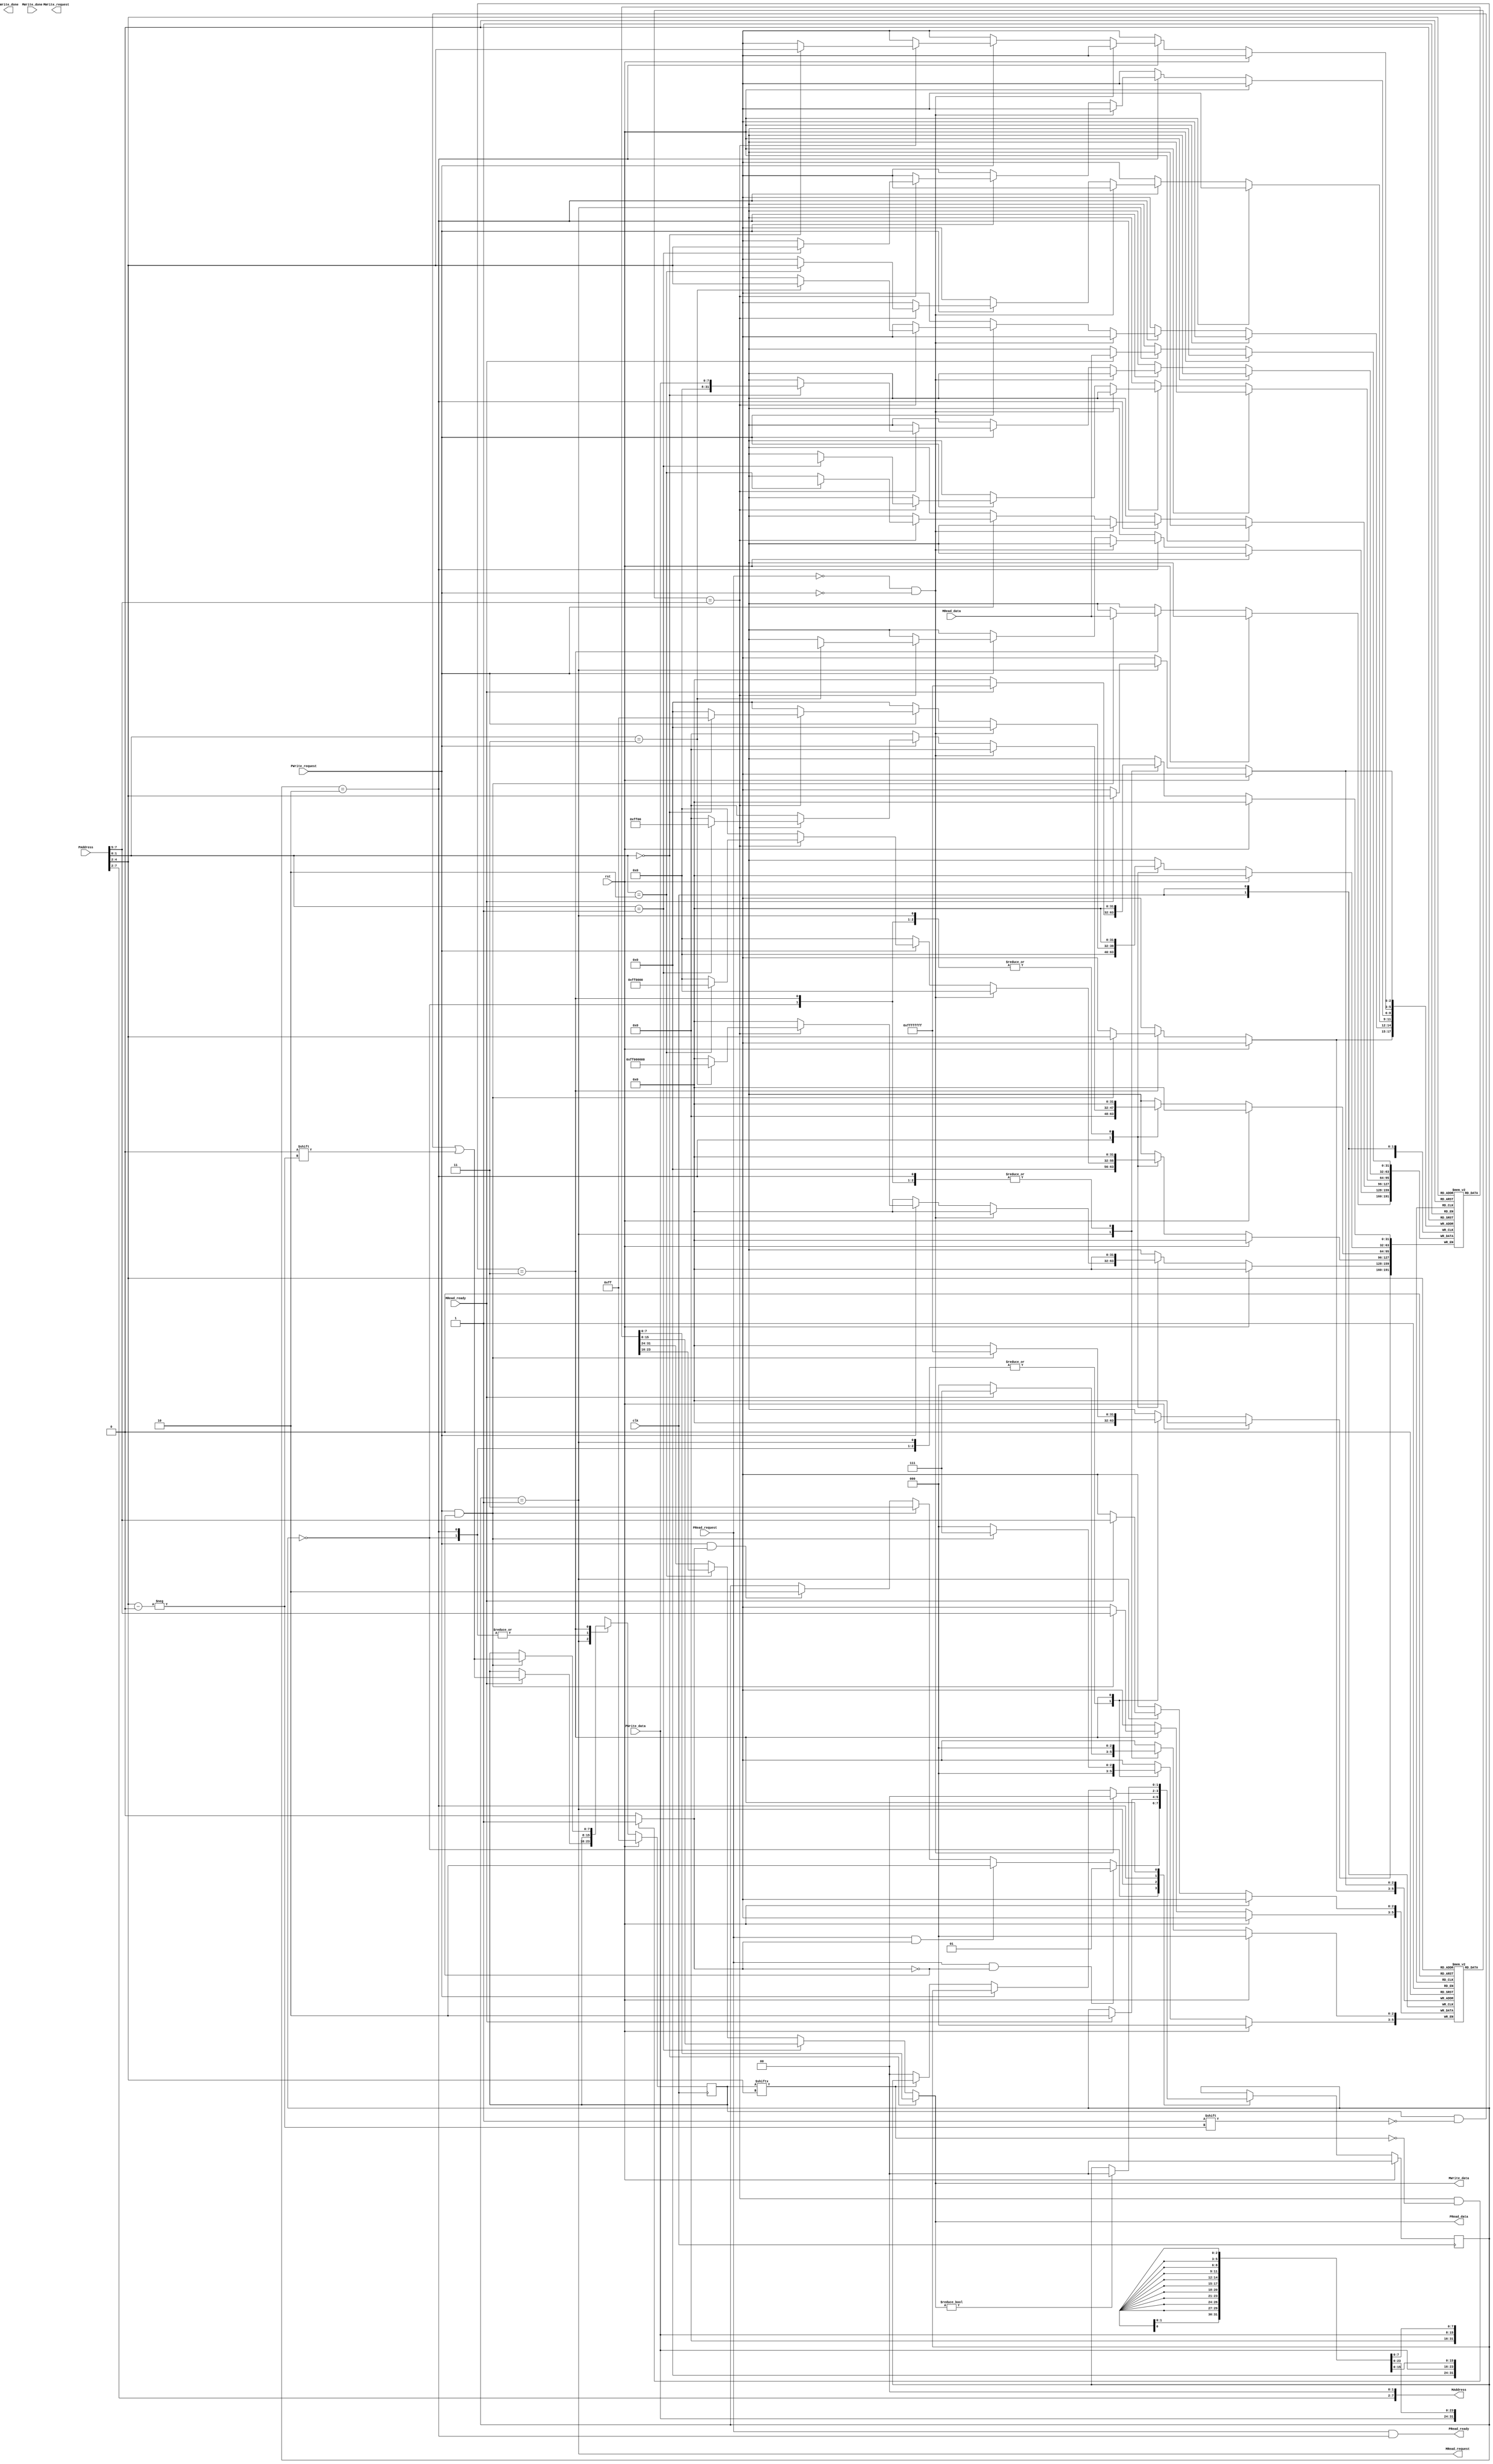
module cache_source(
//general signals////////////
clk,
rst,
//Processor side/////////////
PRead_request,
PWrite_request,
PRead_ready,
PWrite_done,
PWrite_data,
PRead_data,
PAddress,
//Memory Side///////////////
MRead_request,
MWrite_request,
MRead_ready,
MWrite_done,
MWrite_data,
MRead_data,
MAddress
);
//declaring inputs and outputs////////
//general input siganls//////////////
input clk;
input rst;
//processor side////////////////////
input PRead_request;
input PWrite_request;
input [7:0] PWrite_data;
input [7:0] PAddress;
output [7:0] PRead_data;
output PRead_ready;
output PWrite_done;
//memory side///////////////////////
input MRead_ready;
input MWrite_done;
input [31:0] MRead_data;
output [7:0] MAddress;
output MRead_request;
output MWrite_request;
output [7:0] MWrite_data; 

//designing cache////////////////////
reg [31:0] blocks[7:0];
reg [2:0] tags[7:0];
reg [7:0] invalid;
reg [1:0] state;
////////////////////////////////////
wire cache_hit;
reg data_out;

//processor address decomposition///////
wire [2:0] p_tag = PAddress[7:5];
wire [2:0] p_block_select = PAddress[4:2];
wire [1:0] p_byte_in_block = PAddress[1:0];

`define IDLE       8'd0
`define READING    8'd1
`define RESPONSE   8'd2
`define WRITING    8'd3

//cache operation/////


   always@(posedge clk)
   begin
       if(rst)
       begin
          state <= `IDLE;
          invalid <= 8'hFF;
       end
          else
          begin
             case(state)
             
             
             `IDLE:
             begin
                if (PRead_request & ~cache_hit)
                begin
                     state <= `READING;
                end
                else if(PRead_request & cache_hit)
                   begin
                      state <= `RESPONSE;
                   end
                else if(PWrite_request & ~cache_hit)
                   begin 
                     state <= `WRITING;
                   end
                else if(PWrite_request & cache_hit)
                     begin
                      state <= `RESPONSE;
                     end
            end
            
             `READING:
             begin
                 if(MRead_ready)
                  begin
                    blocks[p_block_select] <= MRead_data;
                    tags[p_block_select]   <= p_tag;
                    invalid[p_block_select] <= 1'b0;
                    state <= `RESPONSE;
                   end
             end
             
             
             `RESPONSE:
             begin
                 if((~PRead_request)& (~PWrite_request))
                   begin 
                      state <= `IDLE;
                   end
                
                 else if(PWrite_request)
                 begin
                   if (tags[p_block_select]==p_tag)
                   begin
                       if(p_byte_in_block == 2'd0) begin blocks[p_block_select][7:0]<= PWrite_data;end
                       if(p_byte_in_block == 2'd1) begin blocks[p_block_select][15:8]<= PWrite_data;end
                       if(p_byte_in_block == 2'd2) begin blocks[p_block_select][23:16]<= PWrite_data;end
                       if(p_byte_in_block == 2'd3) begin blocks[p_block_select][31:24]<= PWrite_data;end
                  end    
                 else if(PRead_request)
                   begin
                   if(tags[p_block_select] == p_tag)
                    state <= `READING;              
                   end
                 end
                else 
                if(invalid[p_block_select] == 1'b0)
                state <= `IDLE;
                end
                
                `WRITING:
                  begin
                  if(MWrite_data)
                    begin
                    state<= `IDLE;
                    end
                   if(PWrite_request & ~cache_hit)
                   begin
                     blocks[p_block_select] <= MRead_data;
                    tags[p_block_select]   <= p_tag;
                    invalid[p_block_select] <= 1'b0;
                   end
                 end
             endcase
        end
   end
   
  assign cache_hit = ((tags[p_block_select] == p_tag) & ~invalid[p_block_select] ? 1'b1 : 1'b0);
  
  //output assign///////
  assign PRead_ready = PRead_request & (state == `RESPONSE);
  
  assign MRead_request = (state == `READING);
  
  assign MWrite_done = (PWrite_request & (state== `RESPONSE));
  
  assign MWrite_data = (p_byte_in_block==2'd0) ? blocks[p_block_select][7:0]:    
                                   (p_byte_in_block==2'd1) ? blocks [p_block_select][15:8]:  
                                    (p_byte_in_block==2'd2) ? blocks [p_block_select][23:16]: 
                                                              blocks [p_block_select][31:24];
  
  assign MAddress = {PAddress[7:2] , 2'b00};
  
  assign PRead_data = (p_byte_in_block == 2'd0) ? blocks[p_block_select][7:0]:
                      (p_byte_in_block == 2'd1) ? blocks[p_block_select][15:8]:
                      (p_byte_in_block == 2'd2) ? blocks[p_block_select][23:16]:
                                                  blocks[p_block_select][31:24];
  
  
          


endmodule